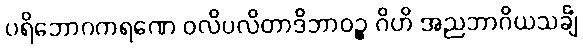
ပရိဘောဂကရဏေ ဝလိပလိတာဒိဘာဝဉ္စ ဂိဟိ အညဘာဂိယသင်္ချံ